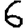
Digit: 6